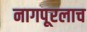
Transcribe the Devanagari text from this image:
नागपूरलाच